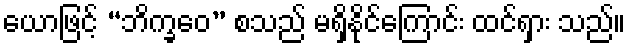
ယောဖြင့် “ဘိက္ခဝေ” စသည် မရှိနိုင်ကြောင်း ထင်ရှား သည်။